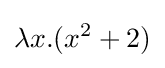
\lambda x.(x^{2}+2)